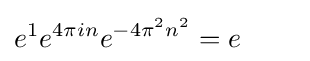
e^{1}e^{4\pi in}e^{-4\pi ^{2}n^{2}}=e\qquad